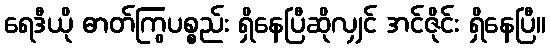
ရေဒီယို ဓာတ်ကြွပစ္စည်း ရှိနေပြီဆိုလျှင် အင်ဇိုင်း ရှိနေပြီ။